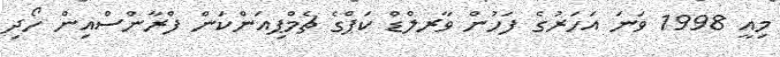
މިއީ 1998 ވަނަ އަހަރުގެ ފަހުން ވާރލްޑް ކަޕްގެ ޗެމްޕިއަންކަން ފްރާންސްއިން ހޯދި